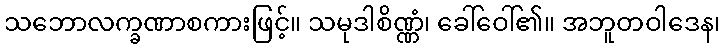
သဘောလက္ခဏာစကားဖြင့်။ သမုဒါစိဏ္ဏံ၊ ခေါ်ဝေါ်၏။ အဘူတဝါဒေန၊